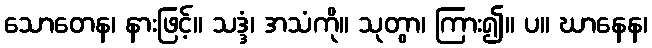
သောတေန၊ နားဖြင့်။ သဒ္ဒံ၊ အသံကို။ သုတွာ၊ ကြား၍။ ပ။ ဃာနေန၊